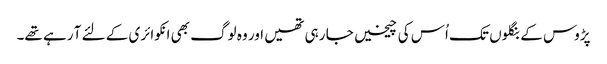
پڑوس کے بنگلوں تک اُس کی چیخیں جا رہی تھیں اور وہ لوگ بھی انکوائری کے لئے آ رہے تھے۔